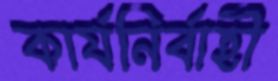
কার্যনির্বাহী